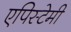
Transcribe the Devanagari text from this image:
एपिस्टेमी